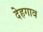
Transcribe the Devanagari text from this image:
देहगाव